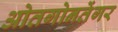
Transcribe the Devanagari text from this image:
ओतगोनतेंगर